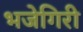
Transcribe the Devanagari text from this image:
भजेगिरी